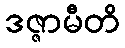
ဒဇ္ဇာမီတိ